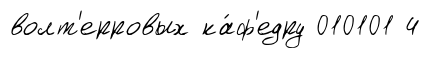
волт'ерровых ка́ф'едру 010101 4